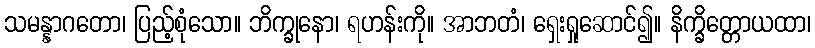
သမန္နာဂတော၊ ပြည့်စုံသော။ ဘိက္ခုနော၊ ရဟန်းကို။ အာဘတံ၊ ရှေးရှုဆောင်၍။ နိက္ခိတ္တောယထာ၊